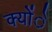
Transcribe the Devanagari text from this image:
क्योंे